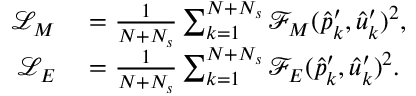
\begin{array} { r l } { \mathcal { L } _ { M } } & { { } = \frac { 1 } { N + N _ { s } } \sum _ { k = 1 } ^ { N + N _ { s } } \mathcal { F } _ { M } ( \hat { p } _ { k } ^ { \prime } , \hat { u } _ { k } ^ { \prime } ) ^ { 2 } , } \\ { \mathcal { L } _ { E } } & { { } = \frac { 1 } { N + N _ { s } } \sum _ { k = 1 } ^ { N + N _ { s } } \mathcal { F } _ { E } ( \hat { p } _ { k } ^ { \prime } , \hat { u } _ { k } ^ { \prime } ) ^ { 2 } . } \end{array}